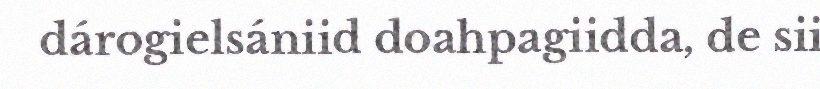
dárogielsániid doahpagiidda, de sii